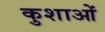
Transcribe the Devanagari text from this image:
कुशाओं